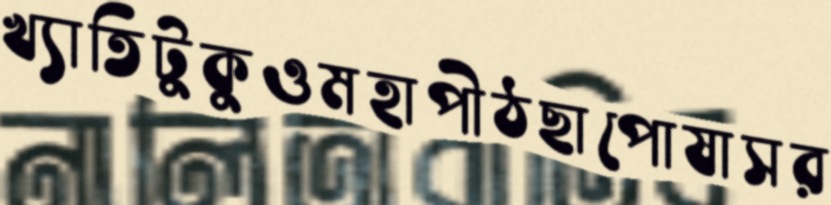
খ্যাতিটুকুওমহাপীঠছাপোষাসর